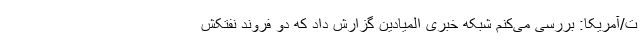
ت/آمریکا: بررسی می‌کنم شبکه خبری المیادین گزارش داد که دو فروند نفتکش